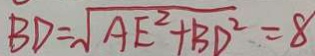
B D = \sqrt { A E ^ { 2 } + B D ^ { 2 } } = 8